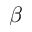
\beta